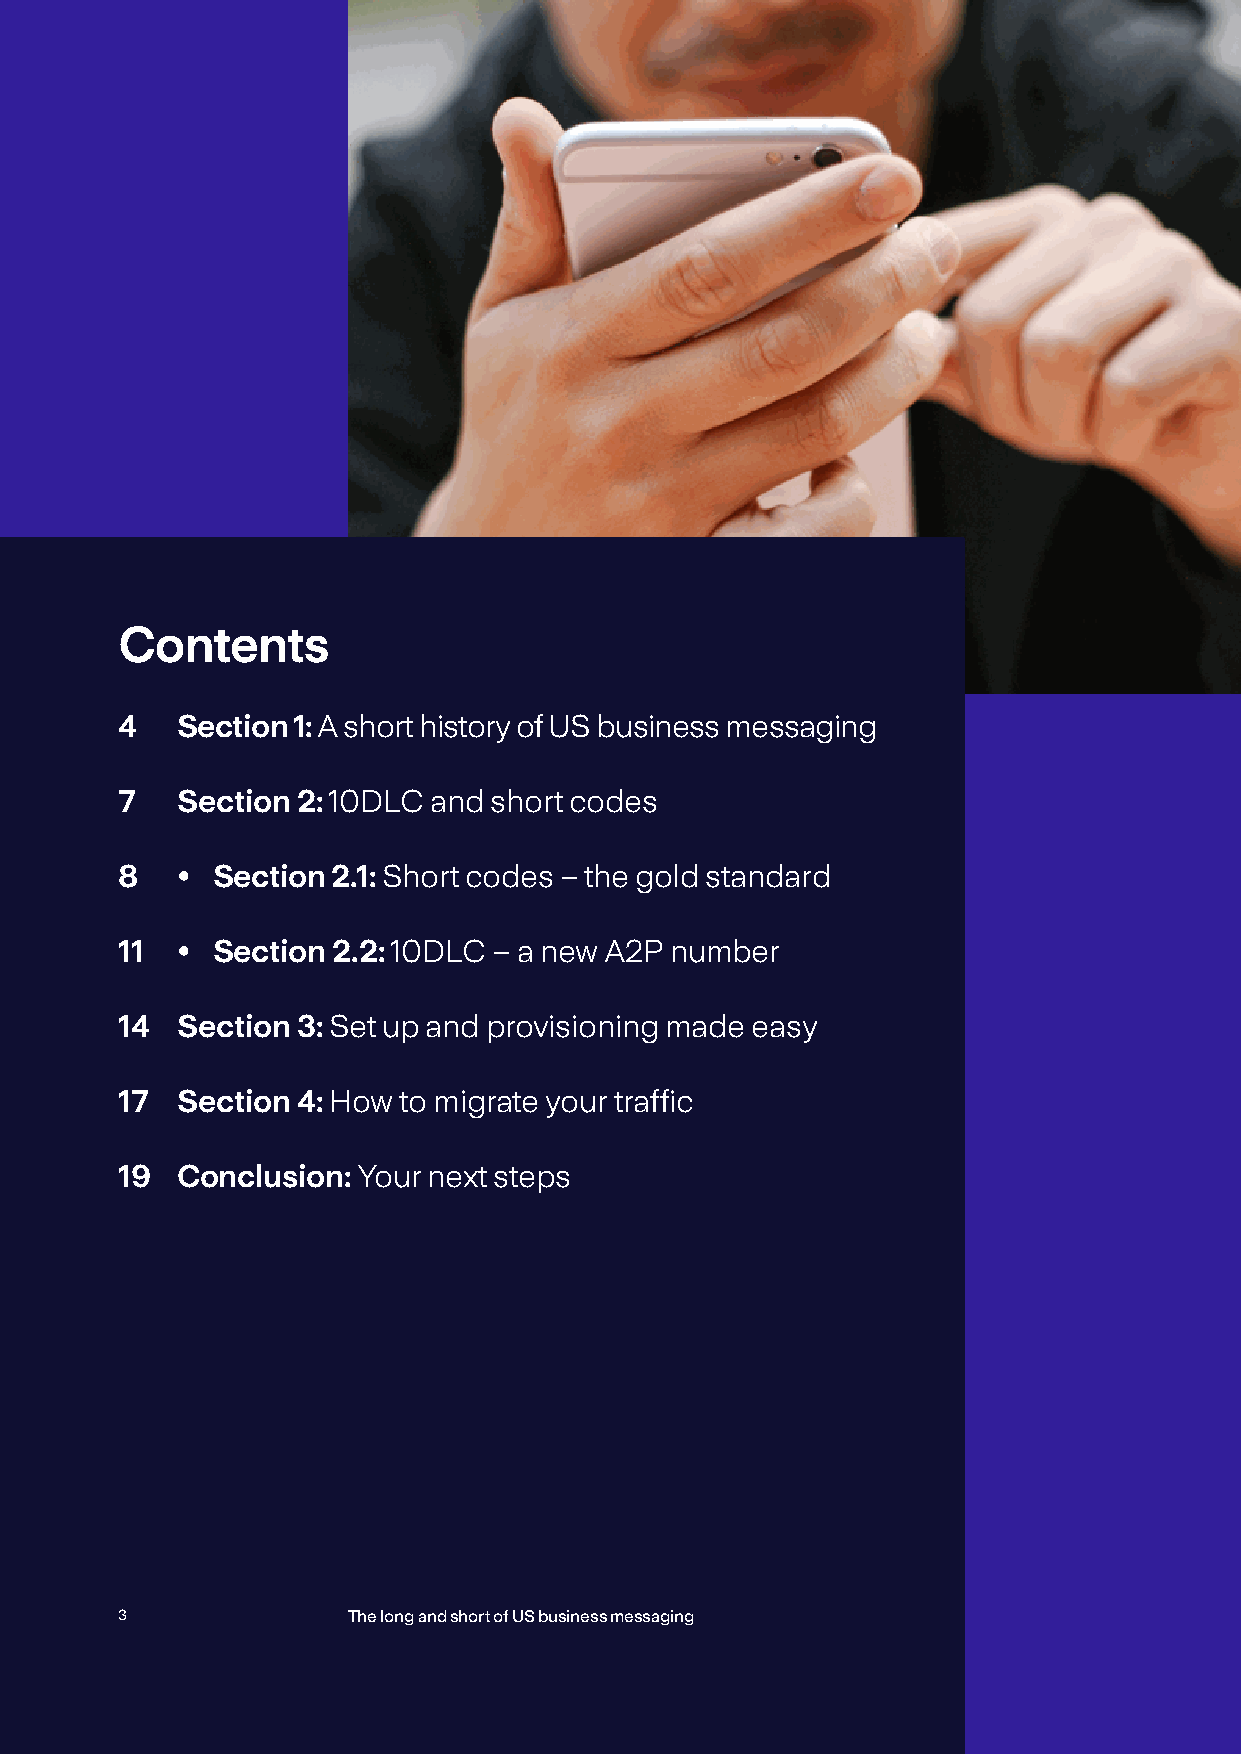
Contents
 4   Section 1: A short history of US business messaging
 7   Section 2: 10DLC and short codes
 8   • Section 2.1: Short codes – the gold standard
 11  • Section 2.2: 10DLC – a new A2P number
 14  Section 3: Set up and provisioning made easy
 17  Section 4: How to migrate your traffic
 19  Conclusion: Your next steps
 3              The long and short of US business messaging